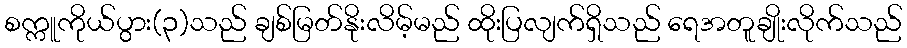
စက္ကူကိုယ်ပွား(၃)သည် ချစ်မြတ်နိုးလိမ့်မည် ထိုးပြလျက်ရှိသည် ရေအတူချိုးလိုက်သည်